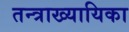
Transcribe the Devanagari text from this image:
तन्त्राख्यायिका